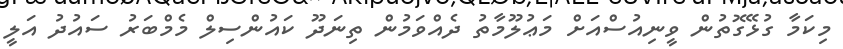
މިކަމާ ގުޅޭގޮތުން ވީނިއުސްއަށް މަޢުލޫމާތު ދެއްވަމުން ތިނަދޫ ކައުންސިލް މެމްބަރު ސައުދު އަލީ